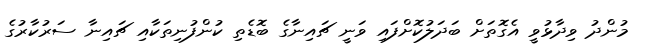
މުންދު ވިދާޅުވީ އެގޮތަށް ބަދަލުކޮށްފައި ވަނީ ޗައިނާގެ ބޮޑެތި ކުންފުނިތަކާއި ޗައިނާ ސަރުކާރުގެ